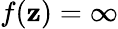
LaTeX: f(\mathbf{z})=\infty